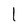
Character: l